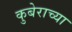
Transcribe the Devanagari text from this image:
कुबेराच्या